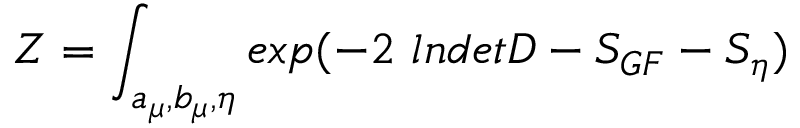
{ \cal Z } = \int _ { a _ { \mu } , b _ { \mu } , \eta } e x p ( - 2 ~ l n d e t { \cal D } - S _ { G F } - S _ { \eta } )